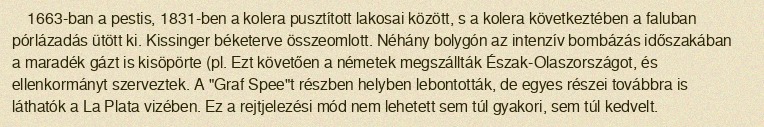
1663-ban a pestis, 1831-ben a kolera pusztított lakosai között, s a kolera következtében a faluban pórlázadás ütött ki. Kissinger béketerve összeomlott. Néhány bolygón az intenzív bombázás időszakában a maradék gázt is kisöpörte (pl. Ezt követően a németek megszállták Észak-Olaszországot, és ellenkormányt szerveztek. A "Graf Spee"t részben helyben lebontották, de egyes részei továbbra is láthatók a La Plata vizében. Ez a rejtjelezési mód nem lehetett sem túl gyakori, sem túl kedvelt.